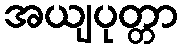
အယျပုတ္တာ